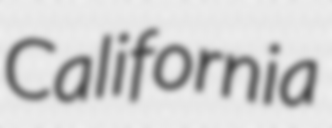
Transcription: California